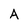
Character: A